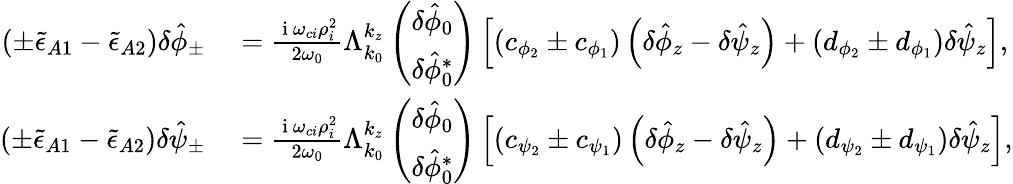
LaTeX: \begin{array}{rl}{\left(\pm\tilde{\epsilon}_{A1}-\tilde{\epsilon}_{A2}\right)\delta\hat{\phi}_{\pm}}&{{}=\frac{\mathrm{~i~}\omega_{ci}\rho_{i}^{2}}{2\omega_{0}}\Lambda_{k_{0}}^{k_{z}}\left(\begin{array}{c}{\delta\hat{\phi}_{0}}\\ {\delta\hat{\phi}_{0}^{*}}\end{array}\right)\left[\left(c_{\phi_{2}}\pm c_{\phi_{1}}\right)\left(\delta\hat{\phi}_{z}-\delta\hat{\psi}_{z}\right)+\left(d_{\phi_{2}}\pm d_{\phi_{1}}\right)\delta\hat{\psi}_{z}\right],}\\ {\left(\pm\tilde{\epsilon}_{A1}-\tilde{\epsilon}_{A2}\right)\delta\hat{\psi}_{\pm}}&{{}=\frac{\mathrm{~i~}\omega_{ci}\rho_{i}^{2}}{2\omega_{0}}\Lambda_{k_{0}}^{k_{z}}\left(\begin{array}{c}{\delta\hat{\phi}_{0}}\\ {\delta\hat{\phi}_{0}^{*}}\end{array}\right)\left[\left(c_{\psi_{2}}\pm c_{\psi_{1}}\right)\left(\delta\hat{\phi}_{z}-\delta\hat{\psi}_{z}\right)+\left(d_{\psi_{2}}\pm d_{\psi_{1}}\right)\delta\hat{\psi}_{z}\right],}\end{array}